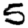
Digit: 5